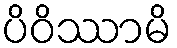
ပိဝိဿာမိ